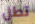
تطل